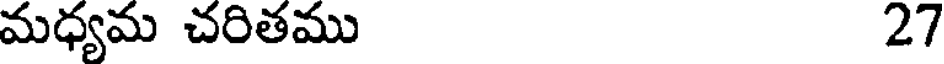
మధ్యమ చరితము 27